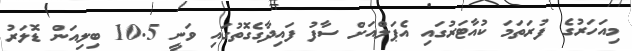
މިއަހަރުގެ ފުރަތަމަ ކުއާޓަރުގައި އެޕަލްއަށް ސާފު ފައިދާގެގޮތުގައި ވަނީ 10.5 ބިލިއަން ޑޮލަރު